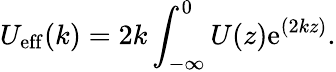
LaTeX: U_{\mathrm{eff}}(k)=2k\int_{-\infty}^{0}U(z)\mathrm{e}^{(2kz)}.